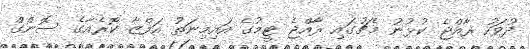
ދުވަހު ރާއްޖެ ކުޅުނު މެޗުގައި ރާއްޖެ ޓީމުގެ އައިމިނަތު އަފްޒާ ކޮރެއާގެ ސޮންގް